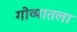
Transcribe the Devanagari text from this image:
गोव्यातला